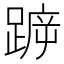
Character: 𨂫